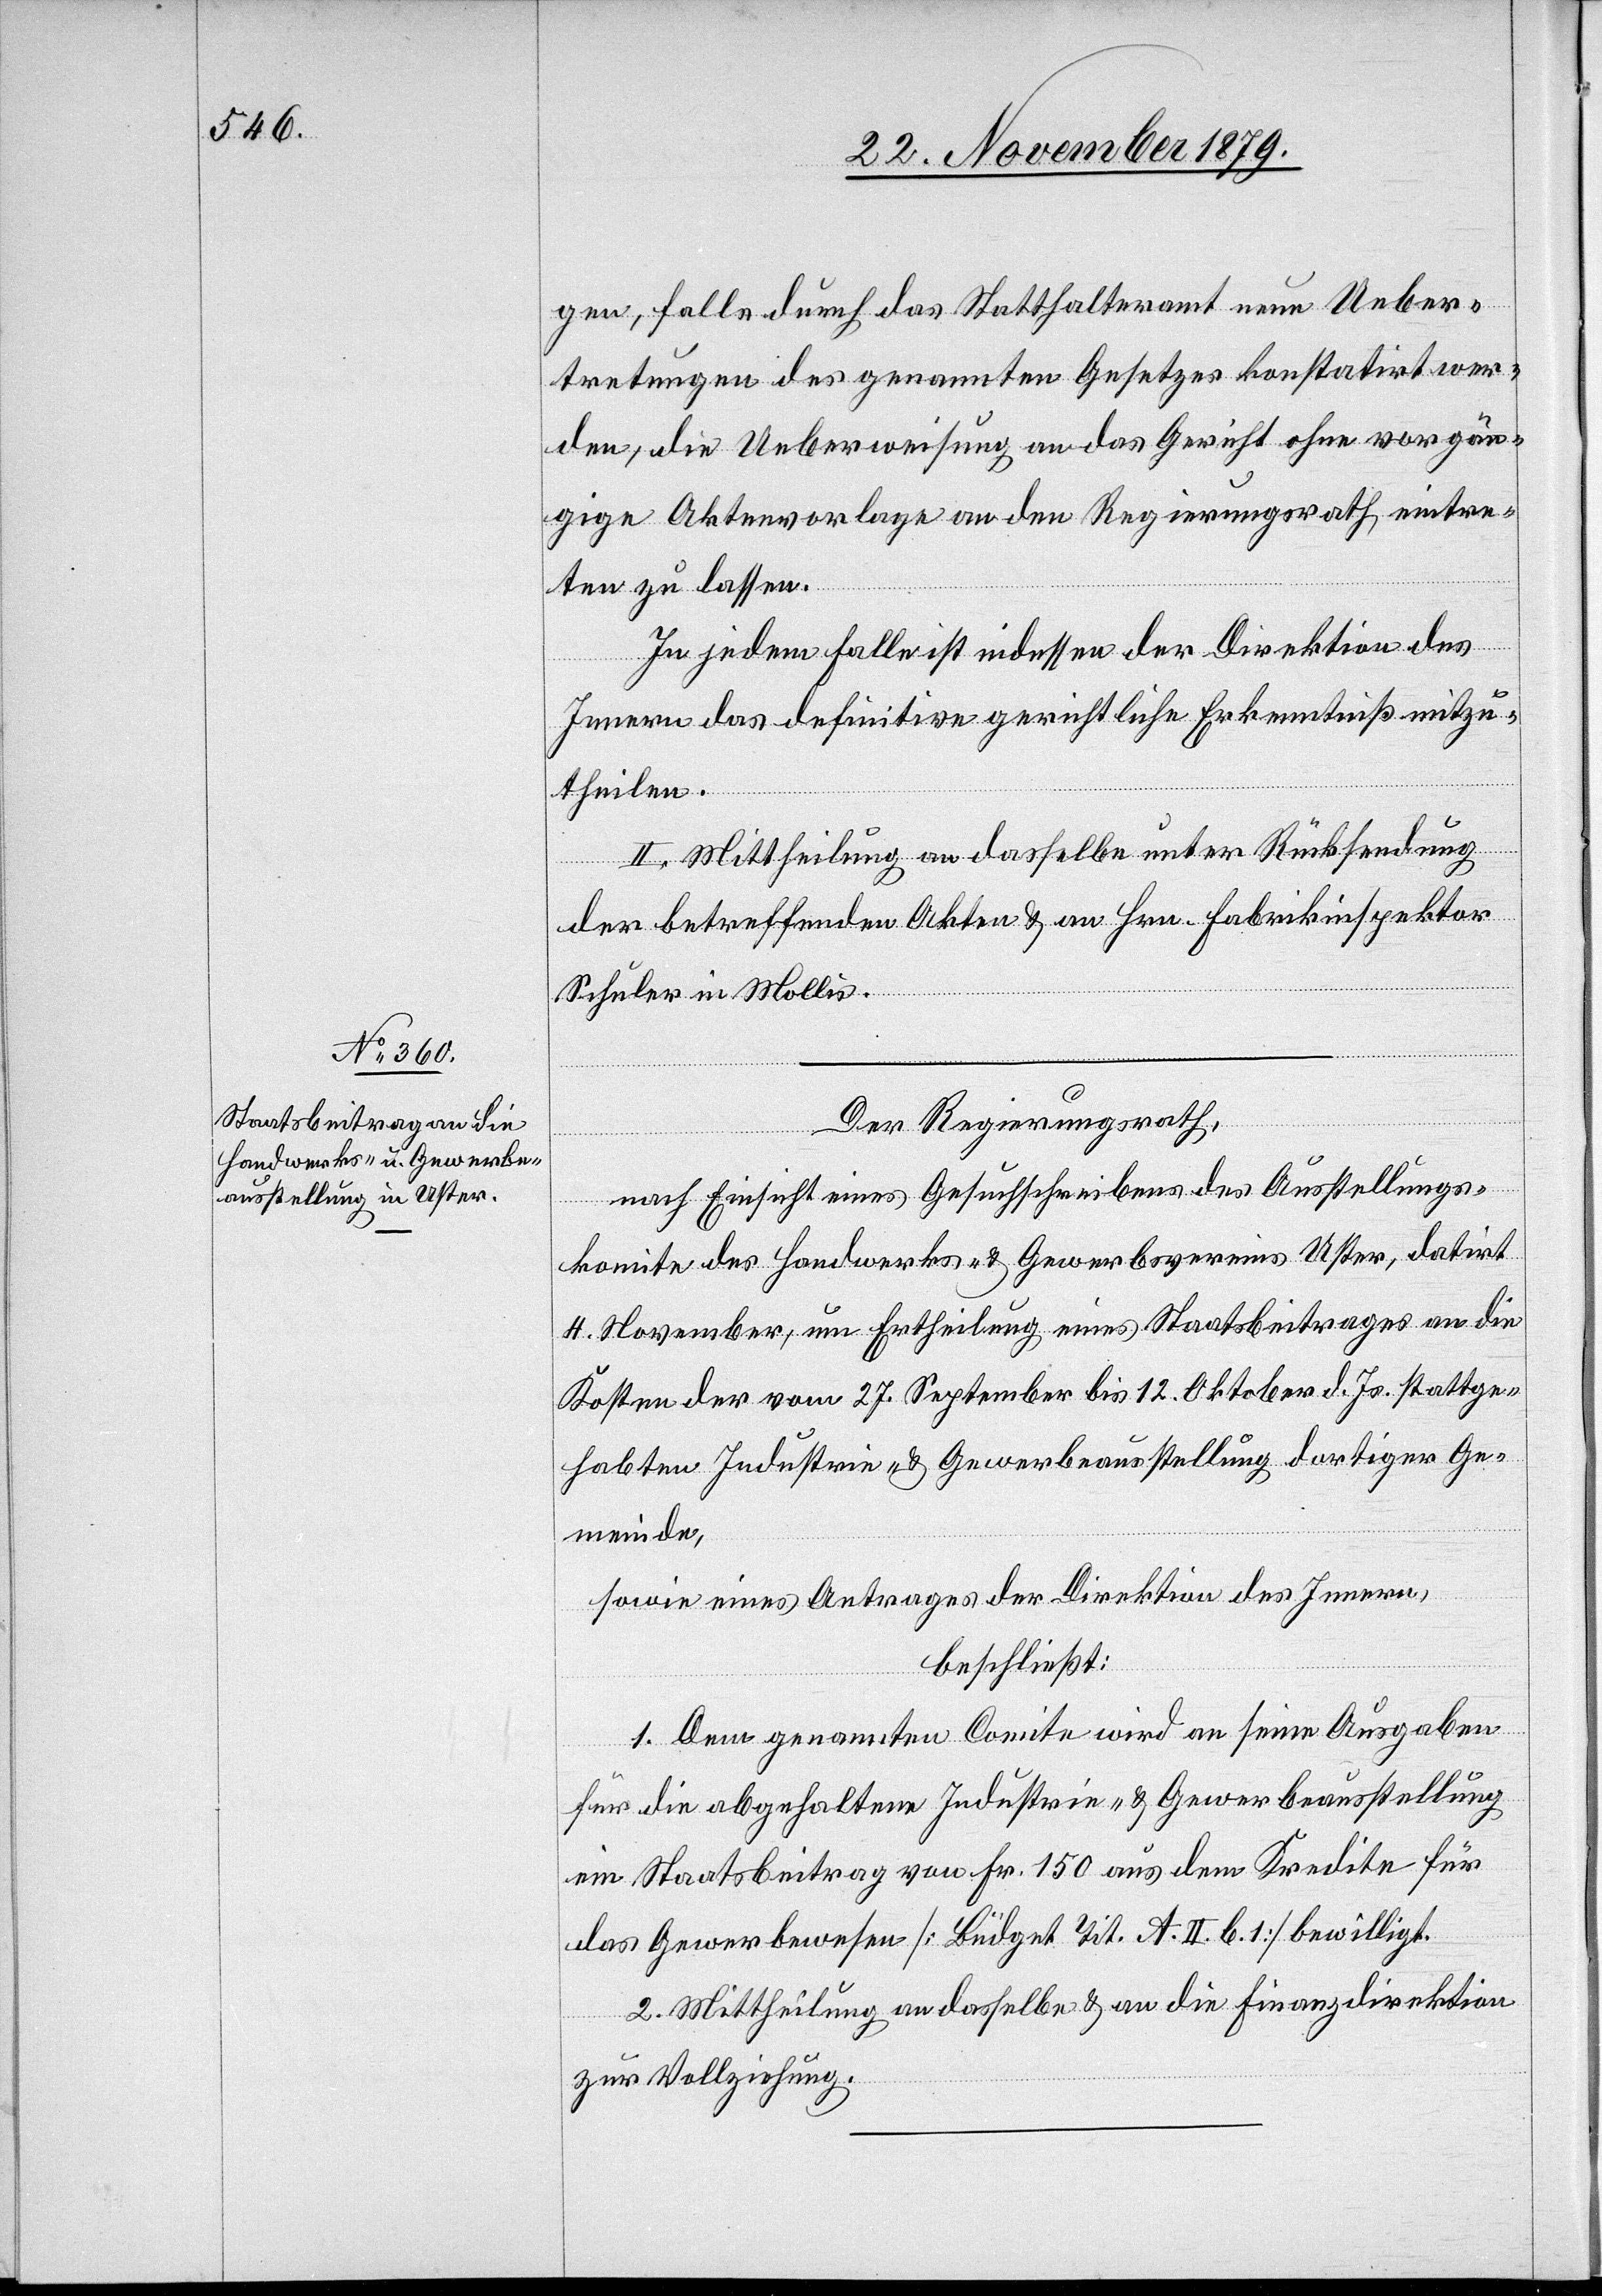
gen, falls durch das Statthalteramt neue Ueber¬
tretungen des genannten Gesetzes konstatirt wer¬
den, die Ueberweisung an das Gericht ohne vorgän¬
gige Aktenvorlage an den Regierungsrath eintre¬
ten zu lassen.
In jedem Falle ist indessen der Direktion des
Innern das definitive gerichtliche Erkenntniß mitzu¬
theilen.
II. Mittheilung an dasselbe unter Rücksendung
der betreffenden Akten & an Hrn. Fabrikinspektor
Schuler in Mollis.
Der Regierungsrath,
nach Einsicht eines Gesuchschreibens des Ausstellungs¬
komite des Handwerks- & Gewerbevereins Uster, datirt
4. November, um Ertheilung eines Staatsbeitrages an die
Kosten der vom 27. September bis 12. Oktober d. Js. stattge¬
habten Industrie- & Gewerbeausstellung dortiger Ge¬
meinde,
sowie eines Antrages der Direktion des Innern,
beschließt:
1. Dem genannten Comite wird an seine Ausgaben
für die abgehaltene Industrie- & Gewerbeausstellung
ein Staatsbeitrag von Fr. 150 aus dem Kredite für
das Gewerbewesen [Büdget Tit. A. II. b. 1] bewilligt.
2. Mittheilung an dasselbe & an die Finanzdirektion
zur Vollziehung.